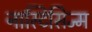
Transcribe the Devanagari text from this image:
नास्टिसिज्म